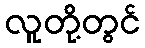
လူတို့တွင်